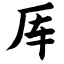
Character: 厍